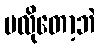
မလိုတော့ဘဲ